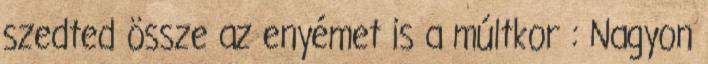
szedted össze az enyémet is a múltkor : Nagyon